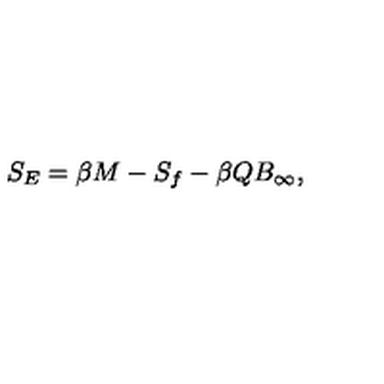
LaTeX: S _ { E } = \beta M - S _ { f } - \beta Q B _ { \infty } ,